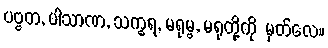
ပဗ္ဗတ, ပါသာဏ, သက္ခရ, မရုမ္ဗ, မရုတို့ကို မှတ်လေ။